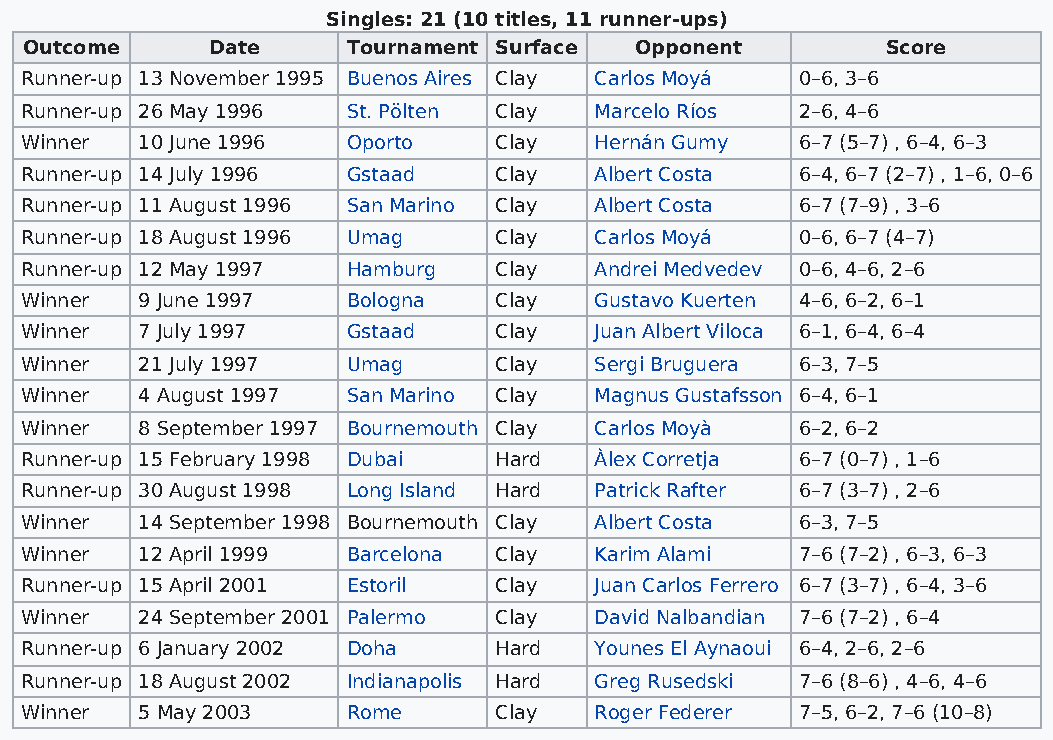
Singles: 21 (10 titles, 11 runner-ups)
 Outcome     Date     Tournament Surface Opponent         Score
 Runner-up 13 November 1995 Buenos Aires Clay Carlos Moyá 0–6, 3–6
 Runner-up 26 May 1996 St. Pölten Clay Marcelo Ríos  2–6, 4–6
 Winner  10 June 1996  Oporto    Clay  Hernán Gumy   6–7 (5–7) , 6–4, 6–3
 Runner-up 14 July 1996 Gstaad   Clay  Albert Costa  6–4, 6–7 (2–7) , 1–6, 0–6
 Runner-up 11 August 1996 San Marino Clay Albert Costa 6–7 (7–9) , 3–6
 Runner-up 18 August 1996 Umag   Clay  Carlos Moyá   0–6, 6–7 (4–7)
 Runner-up 12 May 1997 Hamburg   Clay  Andrei Medvedev 0–6, 4–6, 2–6
 Winner  9 June 1997   Bologna   Clay  Gustavo Kuerten 4–6, 6–2, 6–1
 Winner  7 July 1997   Gstaad    Clay  Juan Albert Viloca 6–1, 6–4, 6–4
 Winner  21 July 1997  Umag      Clay  Sergi Bruguera 6–3, 7–5
 Winner  4 August 1997 San Marino Clay Magnus Gustafsson 6–4, 6–1
 Winner  8 September 1997 Bournemouth Clay Carlos Moyà 6–2, 6–2
 Runner-up 15 February 1998 Dubai Hard Àlex Corretja 6–7 (0–7) , 1–6
 Runner-up 30 August 1998 Long Island Hard Patrick Rafter 6–7 (3–7) , 2–6
 Winner  14 September 1998 Bournemouth Clay Albert Costa 6–3, 7–5
 Winner  12 April 1999 Barcelona Clay  Karim Alami   7–6 (7–2) , 6–3, 6–3
 Runner-up 15 April 2001 Estoril Clay  Juan Carlos Ferrero 6–7 (3–7) , 6–4, 3–6
 Winner  24 September 2001 Palermo Clay David Nalbandian 7–6 (7–2) , 6–4
 Runner-up 6 January 2002 Doha   Hard  Younes El Aynaoui 6–4, 2–6, 2–6
 Runner-up 18 August 2002 Indianapolis Hard Greg Rusedski 7–6 (8–6) , 4–6, 4–6
 Winner  5 May 2003    Rome      Clay  Roger Federer 7–5, 6–2, 7–6 (10–8)